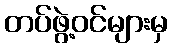
တပ်ဖွဲ့ဝင်များမှ